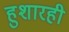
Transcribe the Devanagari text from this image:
हुशारही